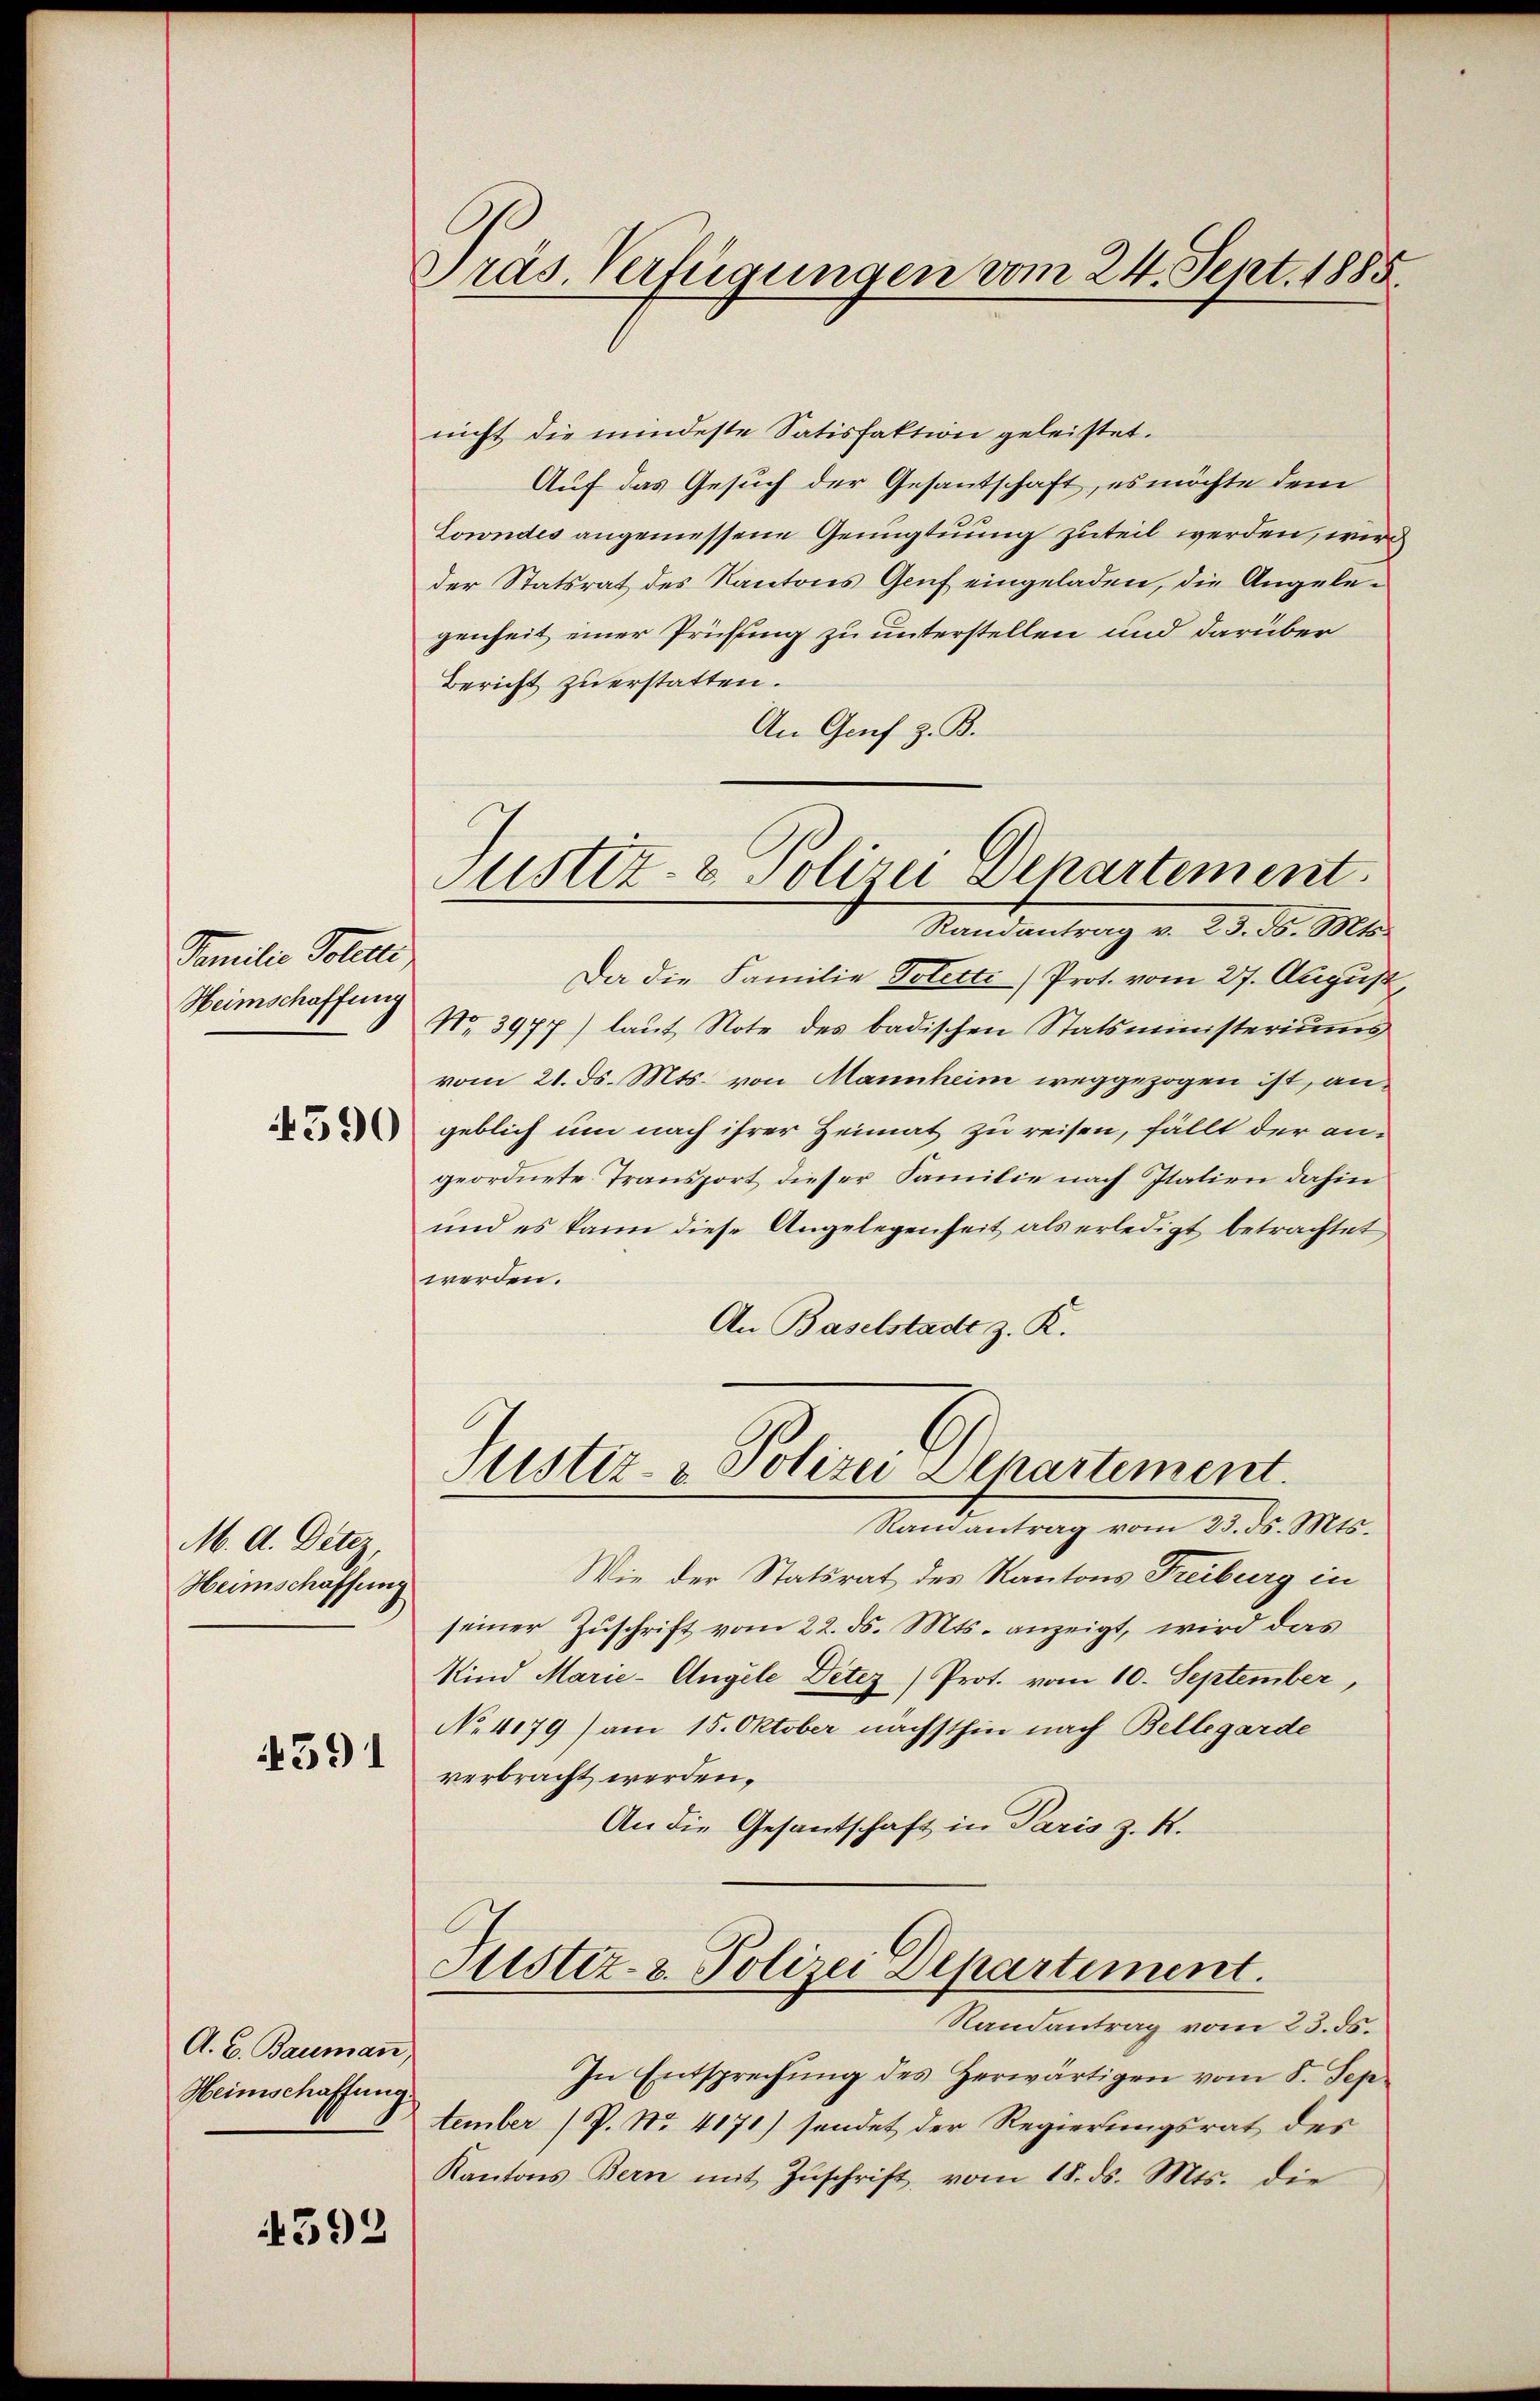
Familie Sollte
Heimschaffung

4590

M. A. Dettz,
Heimschaffung
4391

A. B. Bauman
Heimschaffung

4392

Präs. Verfügungen vom 24. Sept. 1885.

nicht die mindeste Satisfaktion geleistet.
Auf das Gesuch der Gesantschaft, es möchte dem
Lorndes angemessene Genugtuung zuteil werden, wir
der Statsrat des Kantons Genf eingeladen, die Angelegenheit einer Prüfung zu unterstellen und darüber
Bericht zu erstatten.
An Genf z. B.
Da die Familie Totetti) Prot. vom 27. August
No. 3977) laut Note des badischen Statsministeriums
vom 21. d. Mts. von Mannheim weggezogen ist, angeblich um nach ihrer Heimat zu reisen, fällt der angeordnete Transport dieser Familie nach Italien dahin
und es kann diese Angelegenheit als erledigt betrachtet
werden.
An Baselstadt z. R.
Justiz- & Polizei Departement.
Ramantrag vom 23. d. Mts.
Wie der Statsrat des Kantons Freiburg in
seiner Zuschrift vom 22. ds. Mts. anzeigt, wird das
Kind Marie-Angele Detez) Prot. vom 10. September,
No. 4179) am 15. Oktober nächsthin nach Bellegarde
verbracht werden.
An die Gesantschaft in Paris z. R.
Sistiz- & Polizei Departement.
Randantrag vom 23. ds.
In Entsprechŭng des Herwärtigen vom 5. Sep
tember (P. Nr. 4171) sendet der Regierungsrat des
Kantons Bern mit Zŭschrift vom 18. ds. Mts. die

Justiz- & Polizei Departement.
Randantrag v. 23. d. Mts.